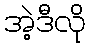
အဲ့ဒီလို